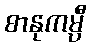
စာနုကမ္ပီ